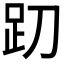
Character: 𰸁